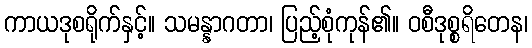
ကာယဒုစရိုက်နှင့်။ သမန္နာဂတာ၊ ပြည့်စုံကုန်၏။ ဝစီဒုစ္စရိတေန၊